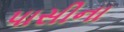
પાસીના